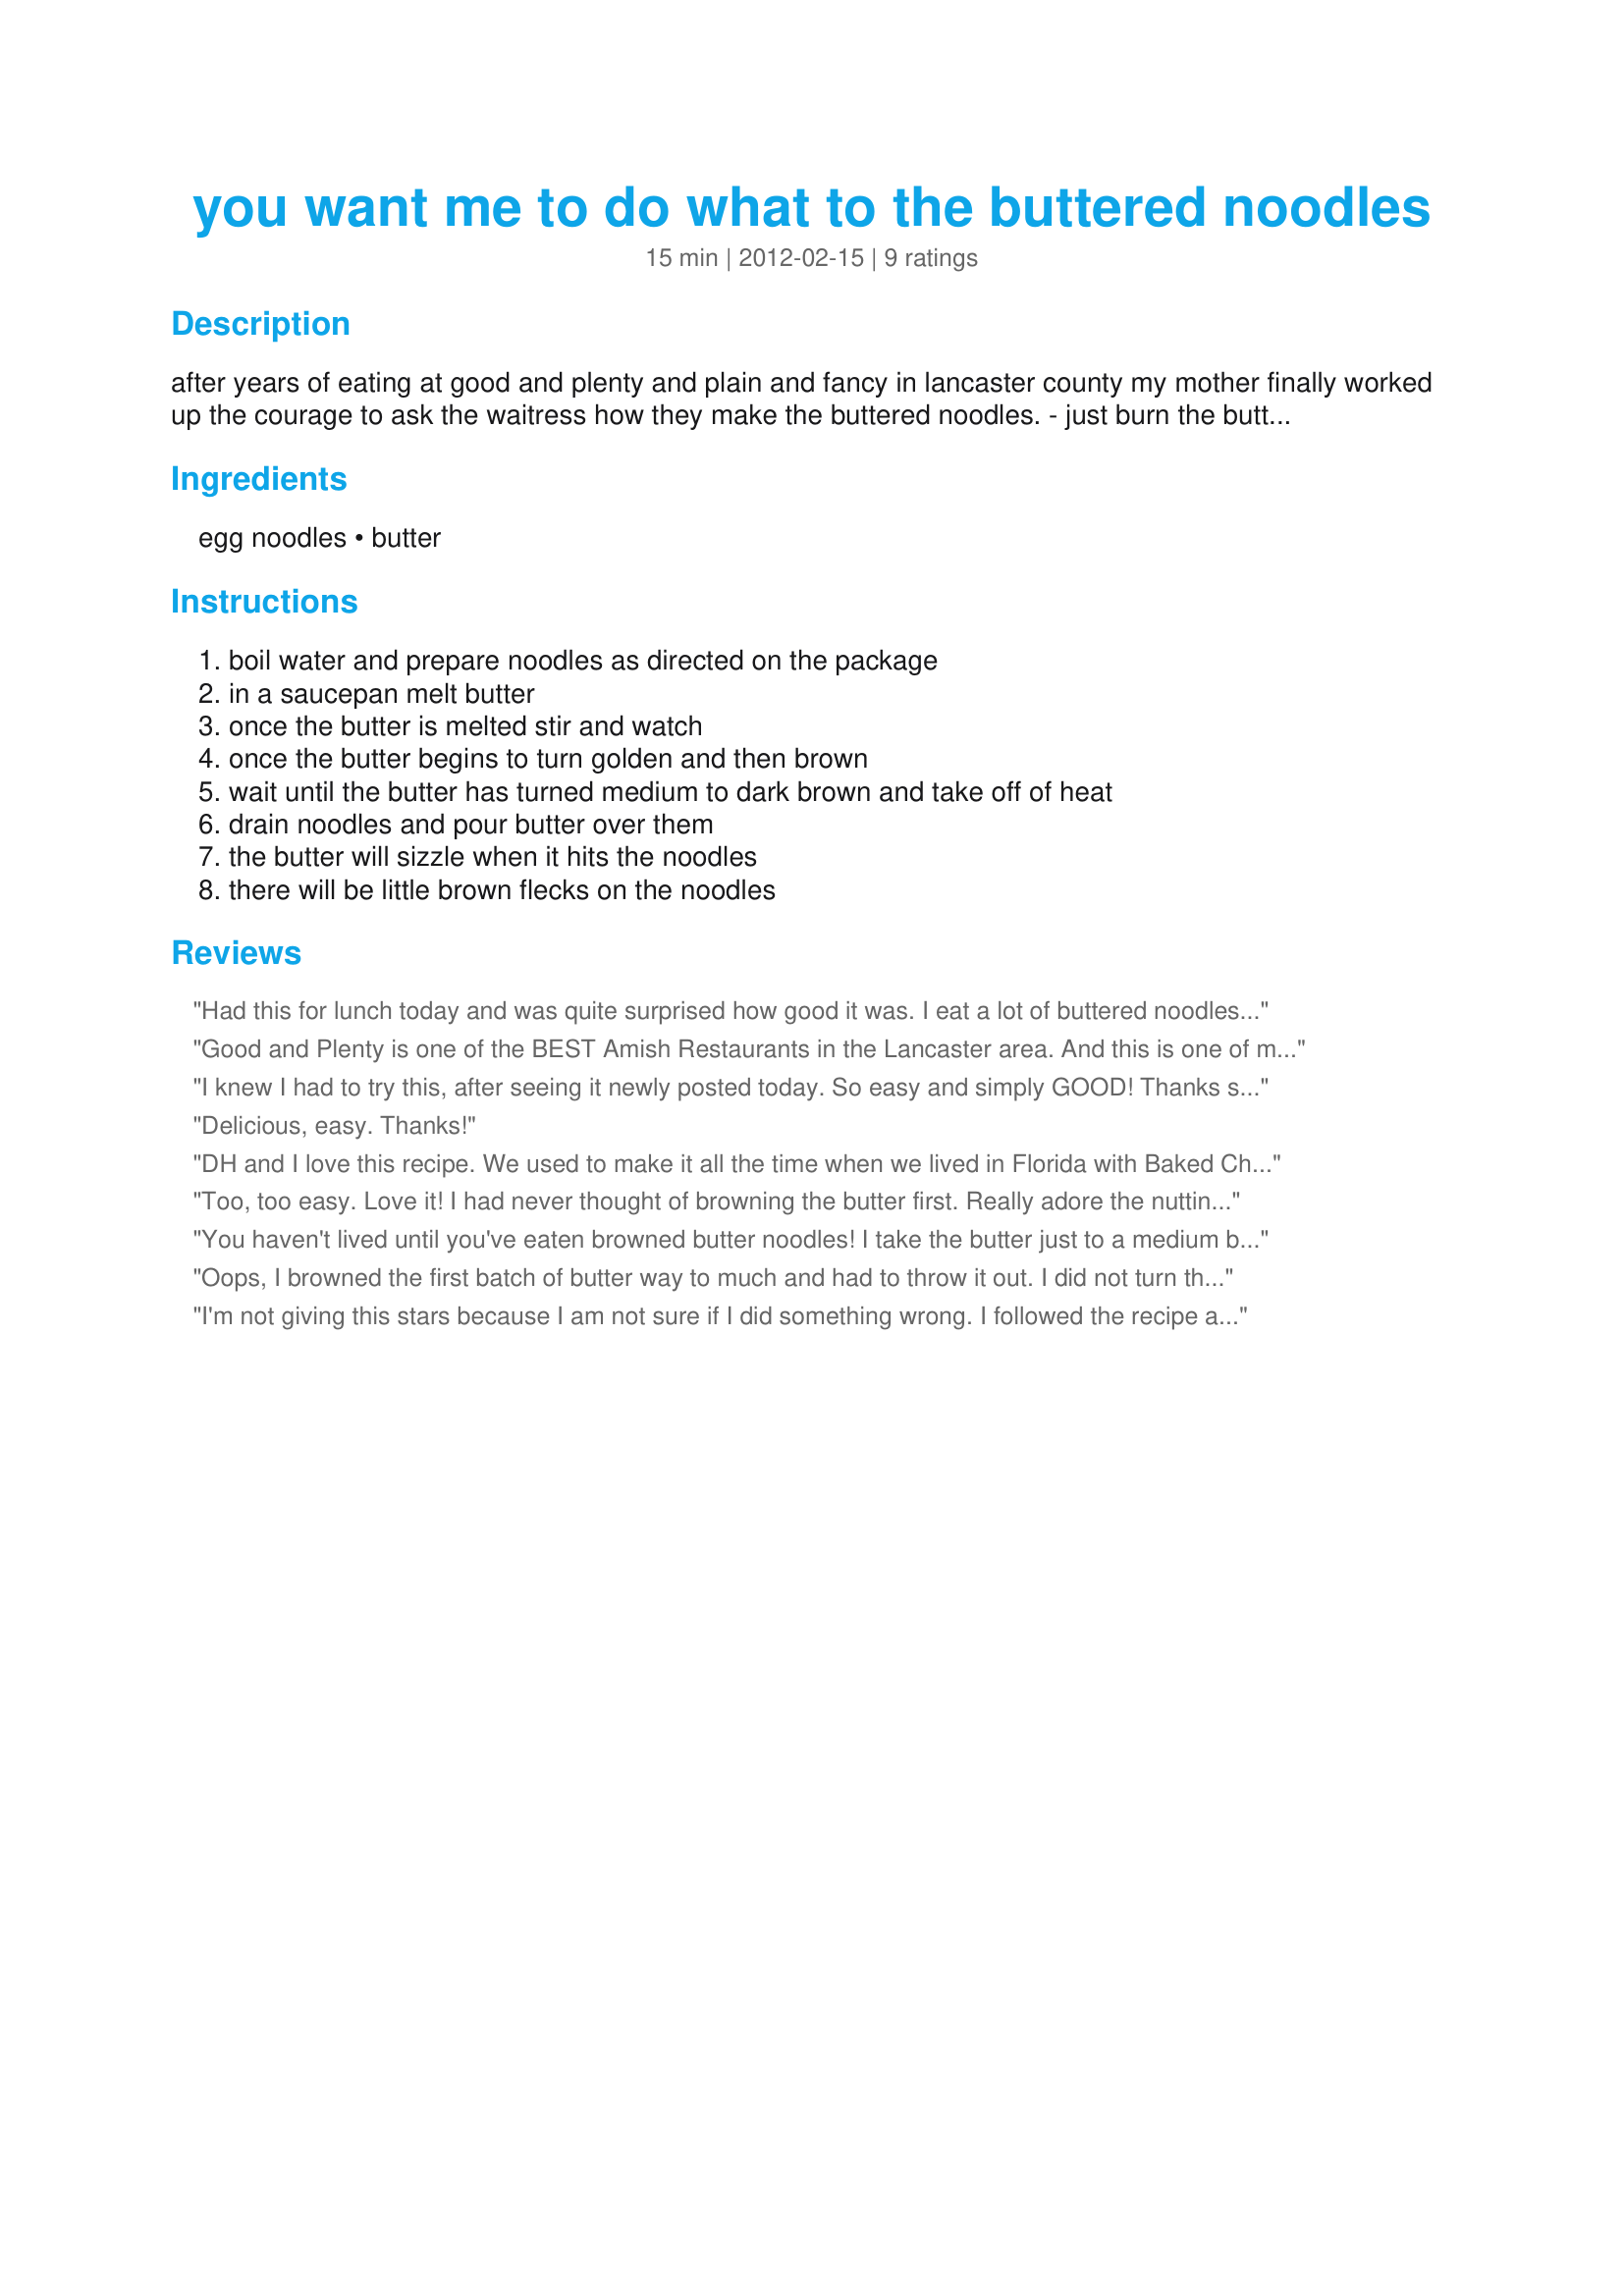
you want me to do what to the buttered noodles
Preparation time: 15 minutes

after years of eating at good and plenty and plain and fancy in lancaster county my mother finally worked up the courage to ask the waitress how they make the buttered noodles. - just burn the butter. i know it sounds weird but this has become our family's favorite way to prepare buttered noodles. plus no additional seasoning needed,

Ingredients:
egg noodles, butter

Steps:
boil water and prepare noodles as directed on the package, in a saucepan melt butter, once the butter is melted stir and watch, once the butter begins to turn golden and then brown, wait until the butter has turned medium to dark brown and take off of heat, drain noodles and pour butter over them, the butter will sizzle when it hits the noodles, there will be little brown flecks on the noodles

Reviews:
Had this for lunch today and was quite surprised how good it was. I eat a lot of buttered noodles but never heard of browning the butter. I will try this again now and then. Made for Zaar Cookbook Tag game.
Good and Plenty is one of the BEST Amish Restaurants in the Lancaster area. And this is one of my FAVORITE dishes there. I was born and raised in Gettysburg, PA, and went there many times. This is an extremely easy recipe and GOOD recipe for its simplicity, like the Amish lifestyle. I also do this with peeled, quartered potatoes too. Browned Butter Potatoes. Thanks for the recipe and the memories!
I knew I had to try this, after seeing it newly posted today. So easy and simply GOOD! Thanks so very much for sharing Bekah Balmer.
Delicious, easy. Thanks!
DH and I love this recipe. We used to make it all the time when we lived in Florida with Baked Chicken and steamed green beans. I have actually made the recipe with Gnocchi and it was great with the Gnocchi, too.
Too, too easy. Love it! I had never thought of browning the butter first. Really adore the nuttiness it adds to the overall flavor. I also throw in a load of minced garlic (I don&#039;t measure, just a few heaping spoonfuls) when the butter&#039;s about halfway there so the garlic can brown a bit and flavor meld with the butter. Yum!
You haven't lived until you've eaten browned butter noodles! I take the butter just to a medium brown color, and it smells so yummy and "nutty!" Fabulous!
Oops, I browned the first batch of butter way to much and had to throw it out. I did not turn the heat up as high the second time. Just as it started to brown I took it off the heat. I know I'd be changing the recipe a lot but I would like to add some garlic to the butter next time. Made for Fall PAC 2012
I'm not giving this stars because I am not sure if I did something wrong. I followed the recipe as written but we did not like the taste of these. We like buttered noodles but to us the browned butter didn't taste right to us. Not sure if it was the butter I used or what.
